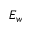
E _ { w }